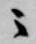
ニ